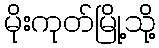
မိုးကုတ်မြို့သို့